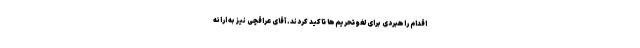
اقدام راهبردی برای لغو تحریم‌ها تاکید کردند. آقای عراقچی نیز به ارائه